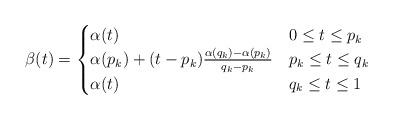
LaTeX: \begin{align*}\beta(t) =\begin{cases}\alpha(t) & 0\le t \le p_k \\\alpha(p_k) + (t-p_k) \frac{\alpha(q_k)-\alpha(p_k)}{q_k-p_k} & p_k \le t \le q_k\\\alpha(t) & q_k \le t \le 1\end{cases}\end{align*}